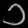
Digit: ၁